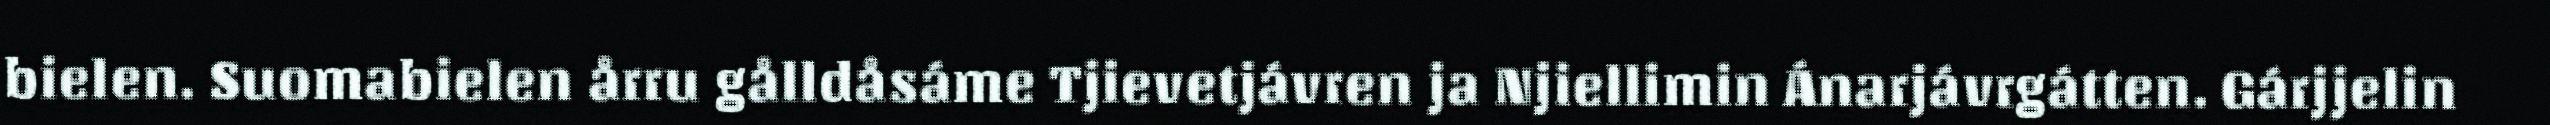
bielen. Suomabielen årru gålldåsáme Tjievetjávren ja Njiellimin Ánarjávrgátten. Gárjjelin